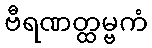
ဗီရဏတ္ထမ္ဗကံ